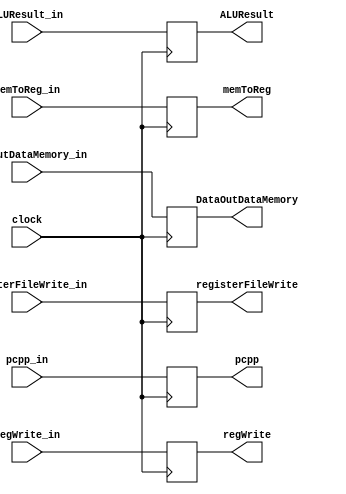
module mem_wb(clock,
	DataOutDataMemory_in,
	memToReg_in,
	ALUResult_in,
	registerFileWrite_in,
	regWrite_in,
	pcpp_in,
	DataOutDataMemory,
	memToReg,
	ALUResult,
	registerFileWrite,
	regWrite,
	pcpp
);

input clock;
input [31:0] DataOutDataMemory_in;
input [1:0] memToReg_in;
input [31:0] ALUResult_in;
input [3:0] registerFileWrite_in;
input regWrite_in;
input [31:0] pcpp_in;
output reg [31:0] DataOutDataMemory;
output reg [1:0] memToReg;
output reg [31:0] ALUResult;
output reg [3:0] registerFileWrite;
output reg regWrite;
output reg [31:0] pcpp;

always @(negedge clock) begin
	DataOutDataMemory = DataOutDataMemory_in;
	memToReg = memToReg_in;
	ALUResult = ALUResult_in;
	registerFileWrite = registerFileWrite_in;
	regWrite = regWrite_in;
	pcpp = pcpp_in;
end

endmodule